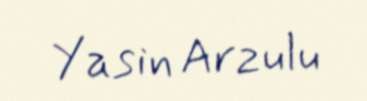
Yasin Arzulu